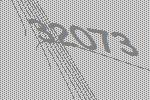
32073